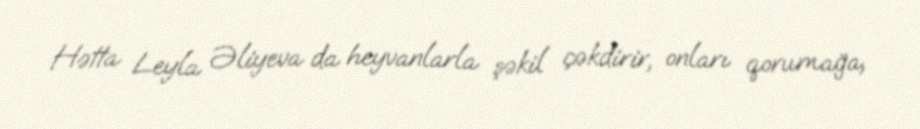
Hətta Leyla Əliyeva da heyvanlarla şəkil çəkdirir, onları qorumağa,